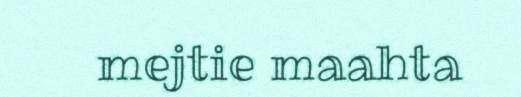
mejtie maahta